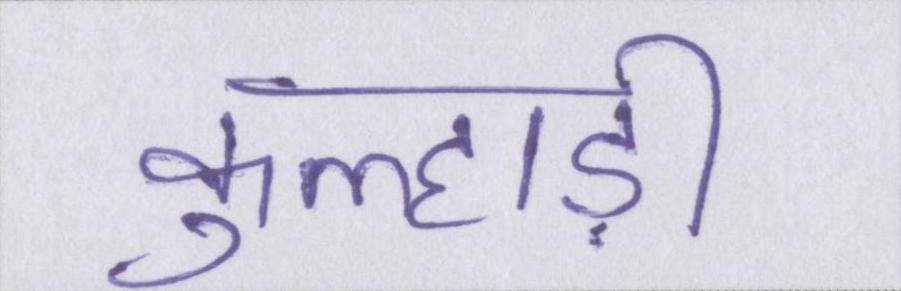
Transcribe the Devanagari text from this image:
कुल्हाड़ी